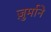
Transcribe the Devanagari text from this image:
ज़ुर्माने